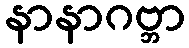
နာနာဂဗ္ဘာ